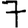
Digit: 7